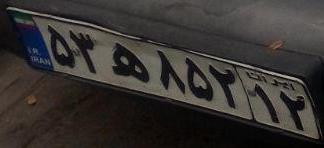
۵۳ه۸۵۲۱۲